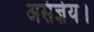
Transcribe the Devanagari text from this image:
असंज्ञेय।